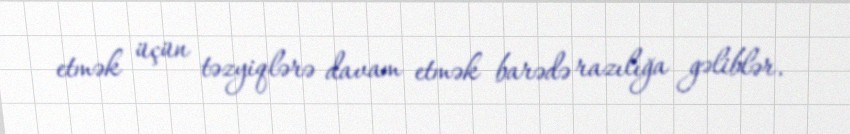
etmək üçün təzyiqlərə davam etmək barədə razılığa gəliblər.